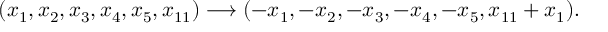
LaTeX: ( x _ { 1 } , x _ { 2 } , x _ { 3 } , x _ { 4 } , x _ { 5 } , x _ { 1 1 } ) \longrightarrow ( - x _ { 1 } , - x _ { 2 } , - x _ { 3 } , - x _ { 4 } , - x _ { 5 } , x _ { 1 1 } + x _ { 1 } ) .